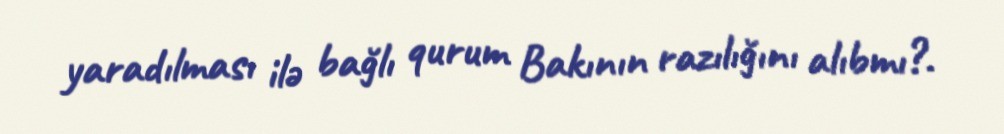
yaradılması ilə bağlı qurum Bakının razılığını alıbmı?.